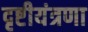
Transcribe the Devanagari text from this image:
दृष्टीयंत्रणा